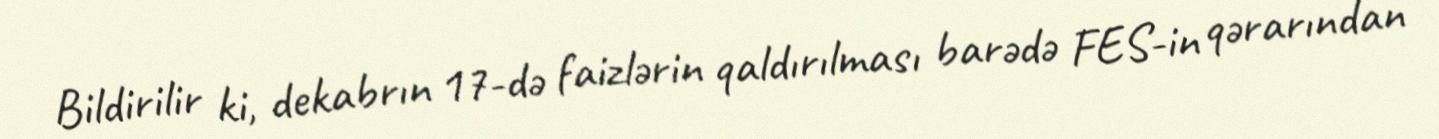
Bildirilir ki, dekabrın 17-də faizlərin qaldırılması barədə FES-in qərarından